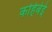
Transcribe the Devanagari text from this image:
कहिबेई